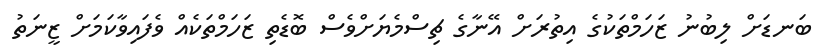
ބަނޑަށް ލިބުނު ޒަހަމްތަކުގެ އިތުރަށް އޭނާގެ ޗިސްމެޔަށްވެސް ބޮޑެތި ޒަހަމްތަކެއް ވެފައިވާކަމަށް ޒީނަތު